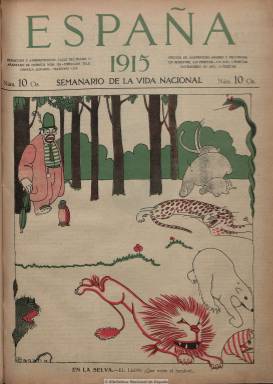
Título: España (Madrid. 1915)
Colección: Revistas de información general
Ámbito geográfico: Madrid
Lugar de publicación: Madrid
Fechas: 29/01/1915-29/03/1924

Subtitulado “semanario de la vida nacional”, se trata de la publicación con más amplia repercusión en la denominada “edad de plata” de la intelectualidad española, el primer proyecto periodístico de José Ortega y Gasset, y en la que confluyen las corrientes reformistas liberal-democráticas y las también antioligárquicas, radicales y antimonárquicas del socialismo. En ella se dan cita tanto los máximos representantes de la generación del 98 como la del 14, y algunos que integrarán la del 27.

Nace de un espíritu neo-regeneracionista en torno a la Liga de Educación Política, y gracias a la financiación del poeta ateneista Luis García Bilbao. Entre sus primeros redactores se encuentran el propio Ortega, así como Pío Baroja (con la sección “El tablado de Arlequín), Ramón Pérez de Ayala (“Críticas teatrales” y “Apostillas"), Eugenio d’Ors ("Las obras y los días"), Juan Guixé (“Vida real de España”), Enrique Díez-Canedo, encargado de la sección literaria, así como Luis de Zuloaga, Gregorio Martínez Sierra, Ramiro de Maeztu. También son colaboradores Manuel B. Cossío, Manuel Azaña, Luis Bello, Jacinto Benavente, Miguel de Unamuno, Ramón del Valle Inclán, y, desde provincias, Pedro Corominas (Barcelona), Fernando de los Ríos (Granada), Juan Díez del Corral (Córdoba), Juan Rof Codina y Santiago Casares Quiroga (Galicia) o Antonio Machado (Jaén). También escribirán en ella Juan Ramón Jiménez, Gabriel Miró, Rafael Marquina, Adriano del Valle o Azorín, entre otros muchos.

Con un formato más de periódico que de revista, editó un total de 415 números, de entre 12 y 20 páginas cada uno, con una portada en la que pronto ocupó una gran ilustración a color, publicando otras en su interior, obra de Bagaría, Penagos o Arniches, entre otros, dando cabida también a las fotografías de actualidad.

Los artículos de fondo ocuparon gran parte de sus páginas, de carácter político, filosófico, literario, artístico, social, cultural, acompañados de reportajes, crónicas nacionales y extranjeras, noticias, críticas, apuntes, etc. También insertó anuncios publicitarios, aunque tuvo durante sus diez años de vida una precaria vida económica.

Ortega abandonó pronto su dirección tras su ruptura con los reformistas de Melquíades Álvarez, para tomarla Luis Araquistáin, desde 1916 a 1923, que le dio un impulso periodístico, cargado de polémica y de debate, quien también se encargó de publicitar la propaganda de los aliados durante la primera gran guerra a cambio de financiación. Por último, Manuel Azaña se hará cargo de su dirección, pero la revista no pudo superar las trabas que le impuso la dictadura primoriverista en 1925.

Es considerado como el periódico político más importante de la edad de plata, órgano periodístico-doctrinal del neo-regeneracionismo, del grupo reformista integrado por liberales, demócratas, socialistas y agnósticos que criticaron duramente el institucionalismo paralizador de la Restauración, portavoz de todo el descontento nacional, del republicanismo socializante, del catalanismo de izquierdas o del movimiento obrero.

Su edición facsímil fue publicada en 1982, con un prólogo de Salvador de Madariaga, un estudio preliminar a cargo de Manuel Tuñón de Lara y Enrique Montero, e índices cronológico y onomástico.

[Descripción modificada el 5/9/2023]